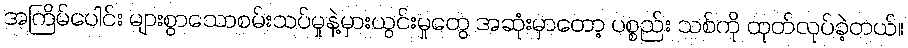
အကြိမ်ပေါင်း များစွာသောစမ်းသပ်မှုနဲ့မှားယွင်းမှုတွေ အဆုံးမှာတော့ ပစ္စည်း သစ်ကို ထုတ်လုပ်ခဲ့တယ်။